Report of the Bombay Veterinary College
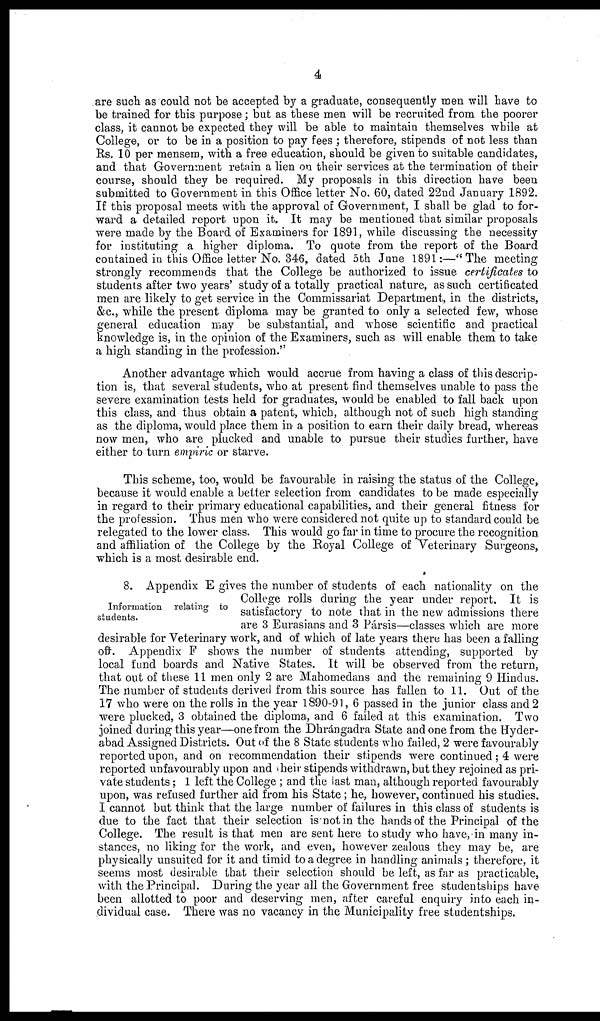
4
are such as could not be accepted by a graduate, consequently men will have to
be trained for this purpose; but as these men will be recruited from the poorer
class, it cannot be expected they will be able to maintain themselves while at
College, or to be in a position to pay fees ; therefore, stipends of not less than
Rs. 10 per mensem, with a free education, should be given to suitable candidates,
and that Government retain a lien on their services at the termination of their
course, should they be required. My proposals in this direction have been
submitted to Government in this Office letter No. 60, dated 22nd January 1892.
If this proposal meets with the approval of Government, I shall be glad to for-
ward a detailed report upon it. It may be mentioned that similar proposals
were made by the Board of Examiners for 1891, while discussing the necessity
for instituting a higher diploma. To quote from the report of the Board
contained in this Office letter No. 346, dated 5th June 1891 :—"The meeting
strongly recommends that the College be authorized to issue certificates to
students after two years' study of a totally practical nature, as such certificated
men are likely to get service in the Commissariat Department, in the districts,
&c., while the present diploma may be granted to only a selected few, whose
general education may be substantial, and whose scientific and practical
knowledge is, in the opinion of the Examiners, such as will enable them to take
a high standing in the profession."
Another advantage which would accrue from having a class of this descrip-
tion is, that several students, who at present find themselves unable to pass the
severe examination tests held for graduates, would be enabled to fall back upon
this class, and thus obtain a patent, which, although not of such high standing
as the diploma, would place them in a position to earn their daily bread, whereas
now men, who are plucked and unable to pursue their studies further, have
either to turn empiric or starve.
This scheme, too, would be favourable in raising the status of the College,
because it would enable a better selection from candidates to be made especially
in regard to their primary educational capabilities, and their general fitness for
the profession. Thus men who were considered not quite up to standard could be
relegated to the lower class. This would go far in time to procure the recognition
and affiliation of the College by the Royal College of Veterinary Surgeons,
which is a most desirable end.
Information relating to
students.
8. Appendix E gives the number of students of each nationality on the
College rolls during the year under report. It is
satisfactory to note that in the new admissions there
are 3 Eurasians and 3 Pársis—classes which are more
desirable for Veterinary work, and of which of late years there has been a falling
off. Appendix F shows the number of students attending, supported by
local fund boards and Native States. It will be observed from the return,
that out of these 11 men only 2 are Mahomedans and the remaining 9 Hindus.
The number of students derived from this source has fallen to 11. Out of the
17 who were on the rolls in the year 1890-91, 6 passed in the junior class and 2
were plucked, 3 obtained the diploma, and 6 failed at this examination. Two
joined during this year—one from the Dhrángadra State and one from the Hyder-
abad Assigned Districts. Out of the 8 State students who failed, 2 were favourably
reported upon, and on recommendation their stipends were continued; 4 were
reported unfavourably upon and their stipends withdrawn, but they rejoined as pri-
vate students; 1 left the College ; and the last man, although reported favourably
upon, was refused further aid from his State; he, however, continued his studies.
I cannot but think that the large number of failures in this class of students is
due to the fact that their selection is not in the hands of the Principal of the
College. The result is that men are sent here to study who have, in many in-
stances, no liking for the work, and even, however zealous they may be, are
physically unsuited for it and timid to a degree in handling animals ; therefore, it
seems most desirable that their selection should be left, as far as practicable,
with the Principal. During the year all the Government free studentships have
been allotted to poor and deserving men, after careful enquiry into each in-
dividual case. There was no vacancy in the Municipality free studentships.